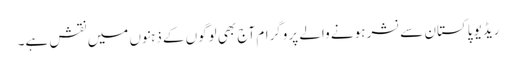
ریڈیو پاکستان سے نشر ہونے والے پروگرام آج بھی لوگوں کے ذہنوں میں نقش ہے۔